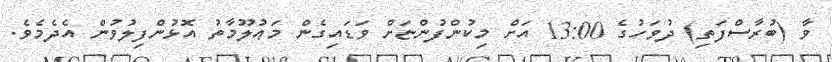
ވާ (ބުރާސްފަތި) ދުވަހުގެ 13:00 އަށް މިކުންފުންޏަށް ވަޑައިގެން މަޢުލޫމާތު އޮޅުންފިލުވުން އެދެމެވެ.